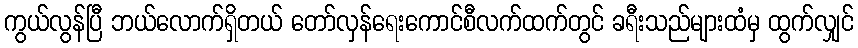
ကွယ်လွန်ပြီ ဘယ်လောက်ရှိတယ် တော်လှန်ရေးကောင်စီလက်ထက်တွင် ခရီးသည်များထံမှ ထွက်လျှင်